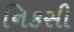
નિકસી